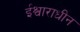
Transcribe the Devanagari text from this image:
ईश्वाराधीन